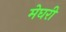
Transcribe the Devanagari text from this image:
मेघरी